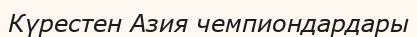
Күрестен Азия чемпиондардары